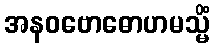
အနဝဗောဓောဟမသ္မိံ